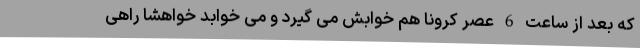
که بعد از ساعت 6 عصر کرونا هم خوابش می گیرد و می خوابد خواهشا راهی